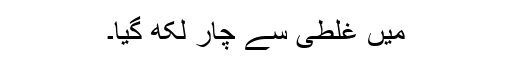
میں غلطی سے چار لکھ گیا۔